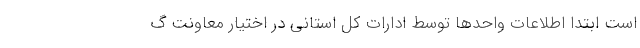
است ابتدا اطلاعات واحدها توسط ادارات کل استانی در اختیار معاونت گ